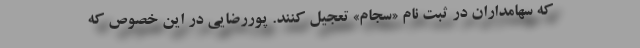
که سهامداران در ثبت نام «سجام» تعجیل کنند. پوررضایی در این خصوص که